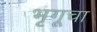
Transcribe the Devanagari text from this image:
भृगूचा